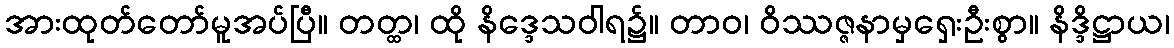
အားထုတ်တော်မူအပ်ပြီ။ တတ္ထ၊ ထို နိဒ္ဒေသဝါရ၌။ တာဝ၊ ဝိဿဇ္ဇနာမှရှေးဦးစွာ။ နိဒ္ဒိဋ္ဌာယ၊